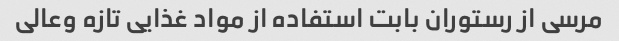
مرسی از رستوران بابت استفاده از مواد غذایی تازه وعالی